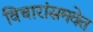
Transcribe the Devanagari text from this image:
विचारांसमवेत